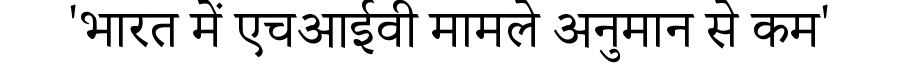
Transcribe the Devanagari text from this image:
'भारत में एचआईवी मामले अनुमान से कम'